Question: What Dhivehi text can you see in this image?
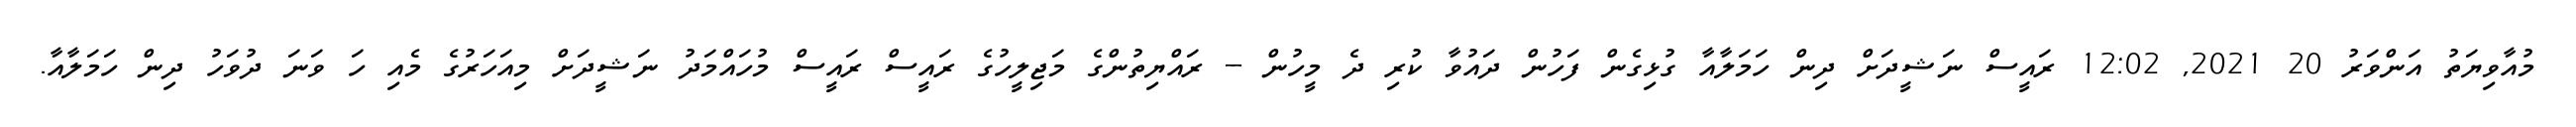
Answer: މުއާވިޔަތު އަންވަރު 20 2021, 12:02 ރައީސް ނަޝީދަށް ދިން ހަމަލާއާ ގުޅިގެން ފަހުން ދައުވާ ކުރި ދެ މީހުން -- ރައްޔިތުންގެ މަޖިލީހުގެ ރައީސް ރައީސް މުހައްމަދު ނަޝީދަށް މިއަހަރުގެ މެއި ހަ ވަނަ ދުވަހު ދިން ހަމަލާއާ.